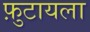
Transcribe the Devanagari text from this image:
फ़ुटायला